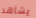
يشاهد